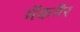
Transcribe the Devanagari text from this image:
मॅकगैर